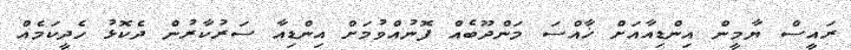
ރައީސް ޔާމީން އިންޑިއާއަށް ޚާއްސަ މަންދޫބެއް ފޮނުއްވުމަށް އިންޑިއާ ސަރުކާރުން ދެކޮޅު ހެދީކަމެއް